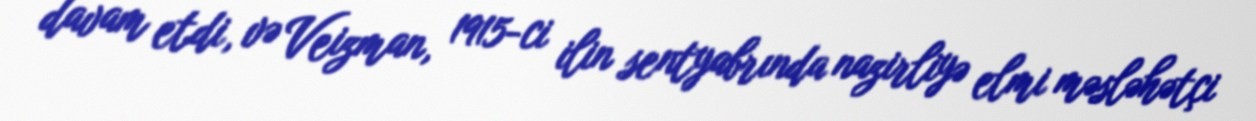
davam etdi, və Veizman, 1915-ci ilin sentyabrında nazirliyə elmi məsləhətçi